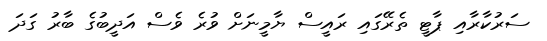
ސަރުކާރާއި ޕާޓީ ތެރޭގައި ރައީސް ޔާމީނަށް ވުރެ ވެސް އަދީބުގެ ބާރު ގަދަ